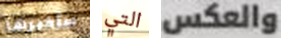
سأخبرها التي والعكس